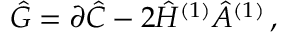
\hat { G } = \partial \hat { C } - 2 \hat { H } ^ { ( 1 ) } \hat { A } ^ { ( 1 ) } \, ,